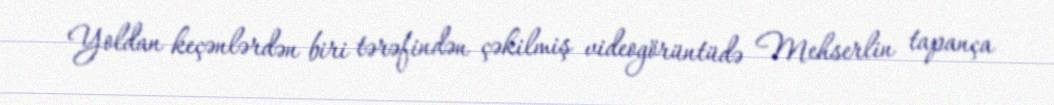
Yoldan keçənlərdən biri tərəfindən çəkilmiş videogörüntüdə Mehserlin tapança